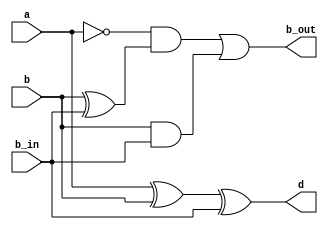
`timescale 1ns / 1ps
//////////////////////////////////////////////////////////////////////////////////
// Company: 
// Engineer: 
// 
// Design Name: 
// Module Name:    subtractor 
// Project Name: 
// Target Devices: 
// Tool versions: 
// Description: 
//
// Dependencies: 
//
// Revision: 
// Revision 0.01 - File Created
// Additional Comments: 
//
//////////////////////////////////////////////////////////////////////////////////
module FS

(input  a ,b, b_in,
output  d,b_out
    );
assign  d = a^b^b_in;
assign  b_out=(~a & (b^b_in)) |( b & b_in);

endmodule